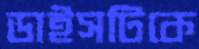
ডাইসটিকে